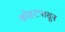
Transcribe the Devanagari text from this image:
कोहटपासून